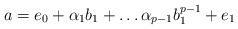
LaTeX: \begin{align*} a= e_0 +\alpha_1b_1 + \ldots \alpha_{p-1}b_1^{p-1}+e_1 \end{align*}